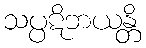
သပ္ပဋိဘယန္တိ